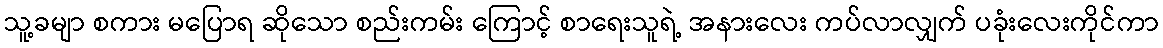
သူ့ခမျာ စကား မပြောရ ဆိုသော စည်းကမ်း ကြောင့် စာရေးသူရဲ့ အနားလေး ကပ်လာလျှက် ပခုံးလေးကိုင်ကာ